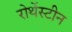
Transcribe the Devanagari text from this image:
रोथेंस्टीन